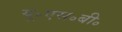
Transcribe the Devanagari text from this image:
यू॰एस॰बी॰